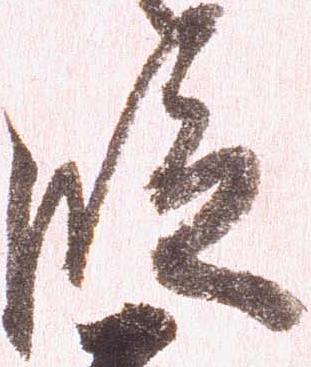
段